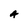
Character: A